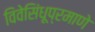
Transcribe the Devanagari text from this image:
विवेसिंधूप्रमाणे